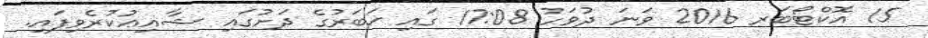
15 އޮކްޓޯބަރ 2016 ވަނަ ދުވަހު 17:08 ގައި ޚަބަރުގެ ދަށުގައި ޝާއިޢުކުރެވިފައި.